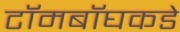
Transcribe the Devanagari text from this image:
टॉमबॉघकडे